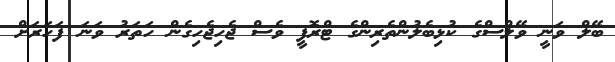
ބޭލް ވަނީ ވޭލްސްގެ ކުޅިބެލުންތެރިންގެ ޓްރޮފީ ވެސް ޖެހިޖެހިގެން ހަތަރު ވަނަ ފަހަރަށް